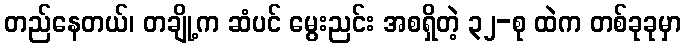
တည်နေတယ်၊ တချို့က ဆံပင် မွေးညင်း အစရှိတဲ့ ၃၂-စု ထဲက တစ်ခုခုမှာ